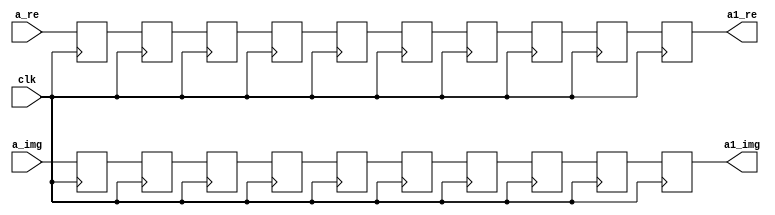
`timescale 1ns / 1ps
//////////////////////////////////////////////////////////////////////////////////
// Company: 
// Engineer: 
// 
// Design Name: 
// Module Name:    buf_4 
// Project Name: 
// Target Devices: 
// Tool versions: 
// Description: 
//
// Dependencies: 
//
// Revision: 
// Revision 0.01 - File Created
// Additional Comments: 
//
//////////////////////////////////////////////////////////////////////////////////
module buf_4(
    input [31:0] a_re,
    input [31:0] a_img,
    input clk,
    output reg [31:0] a1_re,
    output reg [31:0] a1_img
    );

reg [31:0] n0 [0:8];
reg [31:0] n1 [0:8];
always @(posedge clk) begin
n0[0]<=a_re;
n0[1]<=n0[0];
n0[2]<=n0[1];
n0[3]<=n0[2];
n0[4]<=n0[3];
n0[5]<=n0[4];
n0[6]<=n0[5];
n0[7]<=n0[6];
n0[8]<=n0[7];
a1_re<=n0[8];

n1[0]<=a_img;
n1[1]<=n1[0];
n1[2]<=n1[1];
n1[3]<=n1[2];
n1[4]<=n1[3];
n1[5]<=n1[4];
n1[6]<=n1[5];
n1[7]<=n1[6];
n1[8]<=n1[7];
a1_img<=n1[8];
end

endmodule